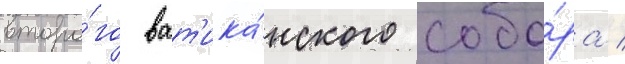
второ́го ват'ика́нского собо́ра /